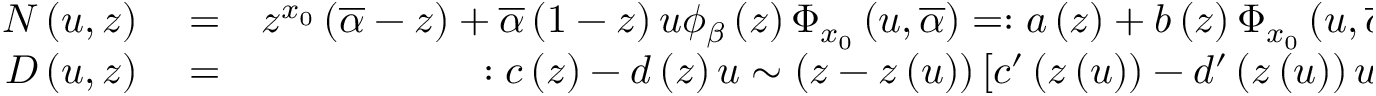
\begin{array} { r l r } { { \cal N } \left( u , z \right) } & { { } = } & { z ^ { x _ { 0 } } \left( \overline { { \alpha } } - z \right) + \overline { { \alpha } } \left( 1 - z \right) u \phi _ { \beta } \left( z \right) \Phi _ { x _ { 0 } } \left( u , \overline { { \alpha } } \right) = : a \left( z \right) + b \left( z \right) \Phi _ { x _ { 0 } } \left( u , \overline { { \alpha } } \right) } \\ { { \cal D } \left( u , z \right) } & { { } = } & { : c \left( z \right) - d \left( z \right) u \sim \left( z - z \left( u \right) \right) \left[ c ^ { \prime } \left( z \left( u \right) \right) - d ^ { \prime } \left( z \left( u \right) \right) u \right] , } \end{array}